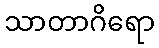
သာတာဂိရော